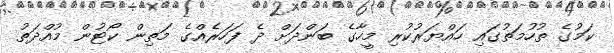
ކަމުގެ ތުހުމަތުގައި ހައްޔަރުކުރި މީހާގެ ބަންދަށް ދެ ފަހަރެއްގެ މަތިން ކޯޓުން މުއްދަތު